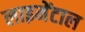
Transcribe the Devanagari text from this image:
लाइमेंटाल